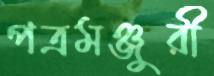
পত্রমঞ্জুরী